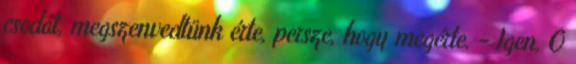
csodát, megszenvedtünk érte, persze, hogy megérte. - Igen, Ő